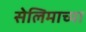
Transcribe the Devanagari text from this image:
सेलिमाच्या